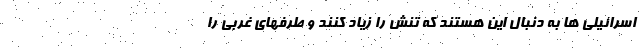
اسرائیلی ها به دنبال این هستند که تنش را زیاد کنند و طرفهای غربی را